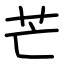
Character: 芒